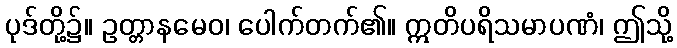
ပုဒ်တို့၌။ ဥတ္တာနမေဝ၊ ပေါက်တက်၏။ ဣတိပရိသမာပဏံ၊ ဤသို့